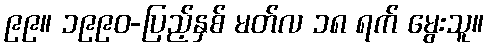
၉၉။ ၁၉၉၀-ပြည့်နှစ် မတ်လ ၁၈ ရက် မွေးသူ။